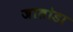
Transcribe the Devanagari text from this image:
जातोडा